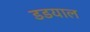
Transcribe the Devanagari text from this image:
डडयाल